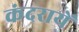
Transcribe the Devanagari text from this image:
कंदरायें